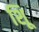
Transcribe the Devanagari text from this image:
शूि